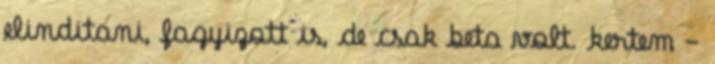
elinditani, fagyizott is, de csak beta volt. kertem -